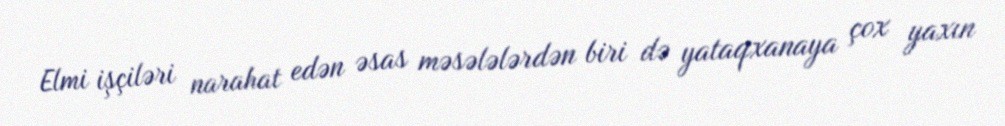
Elmi işçiləri narahat edən əsas məsələlərdən biri də yataqxanaya çox yaxın